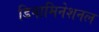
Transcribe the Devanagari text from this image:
डिनामिनेशनल